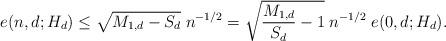
LaTeX: \begin{gather*}e(n,d;H_d) \leq \sqrt{M_{1,d}-S_d} \; n^{-1/2} = \sqrt{\frac{M_{1,d}}{S_d}-1} \; n^{-1/2} \; e(0,d;H_d).\end{gather*}